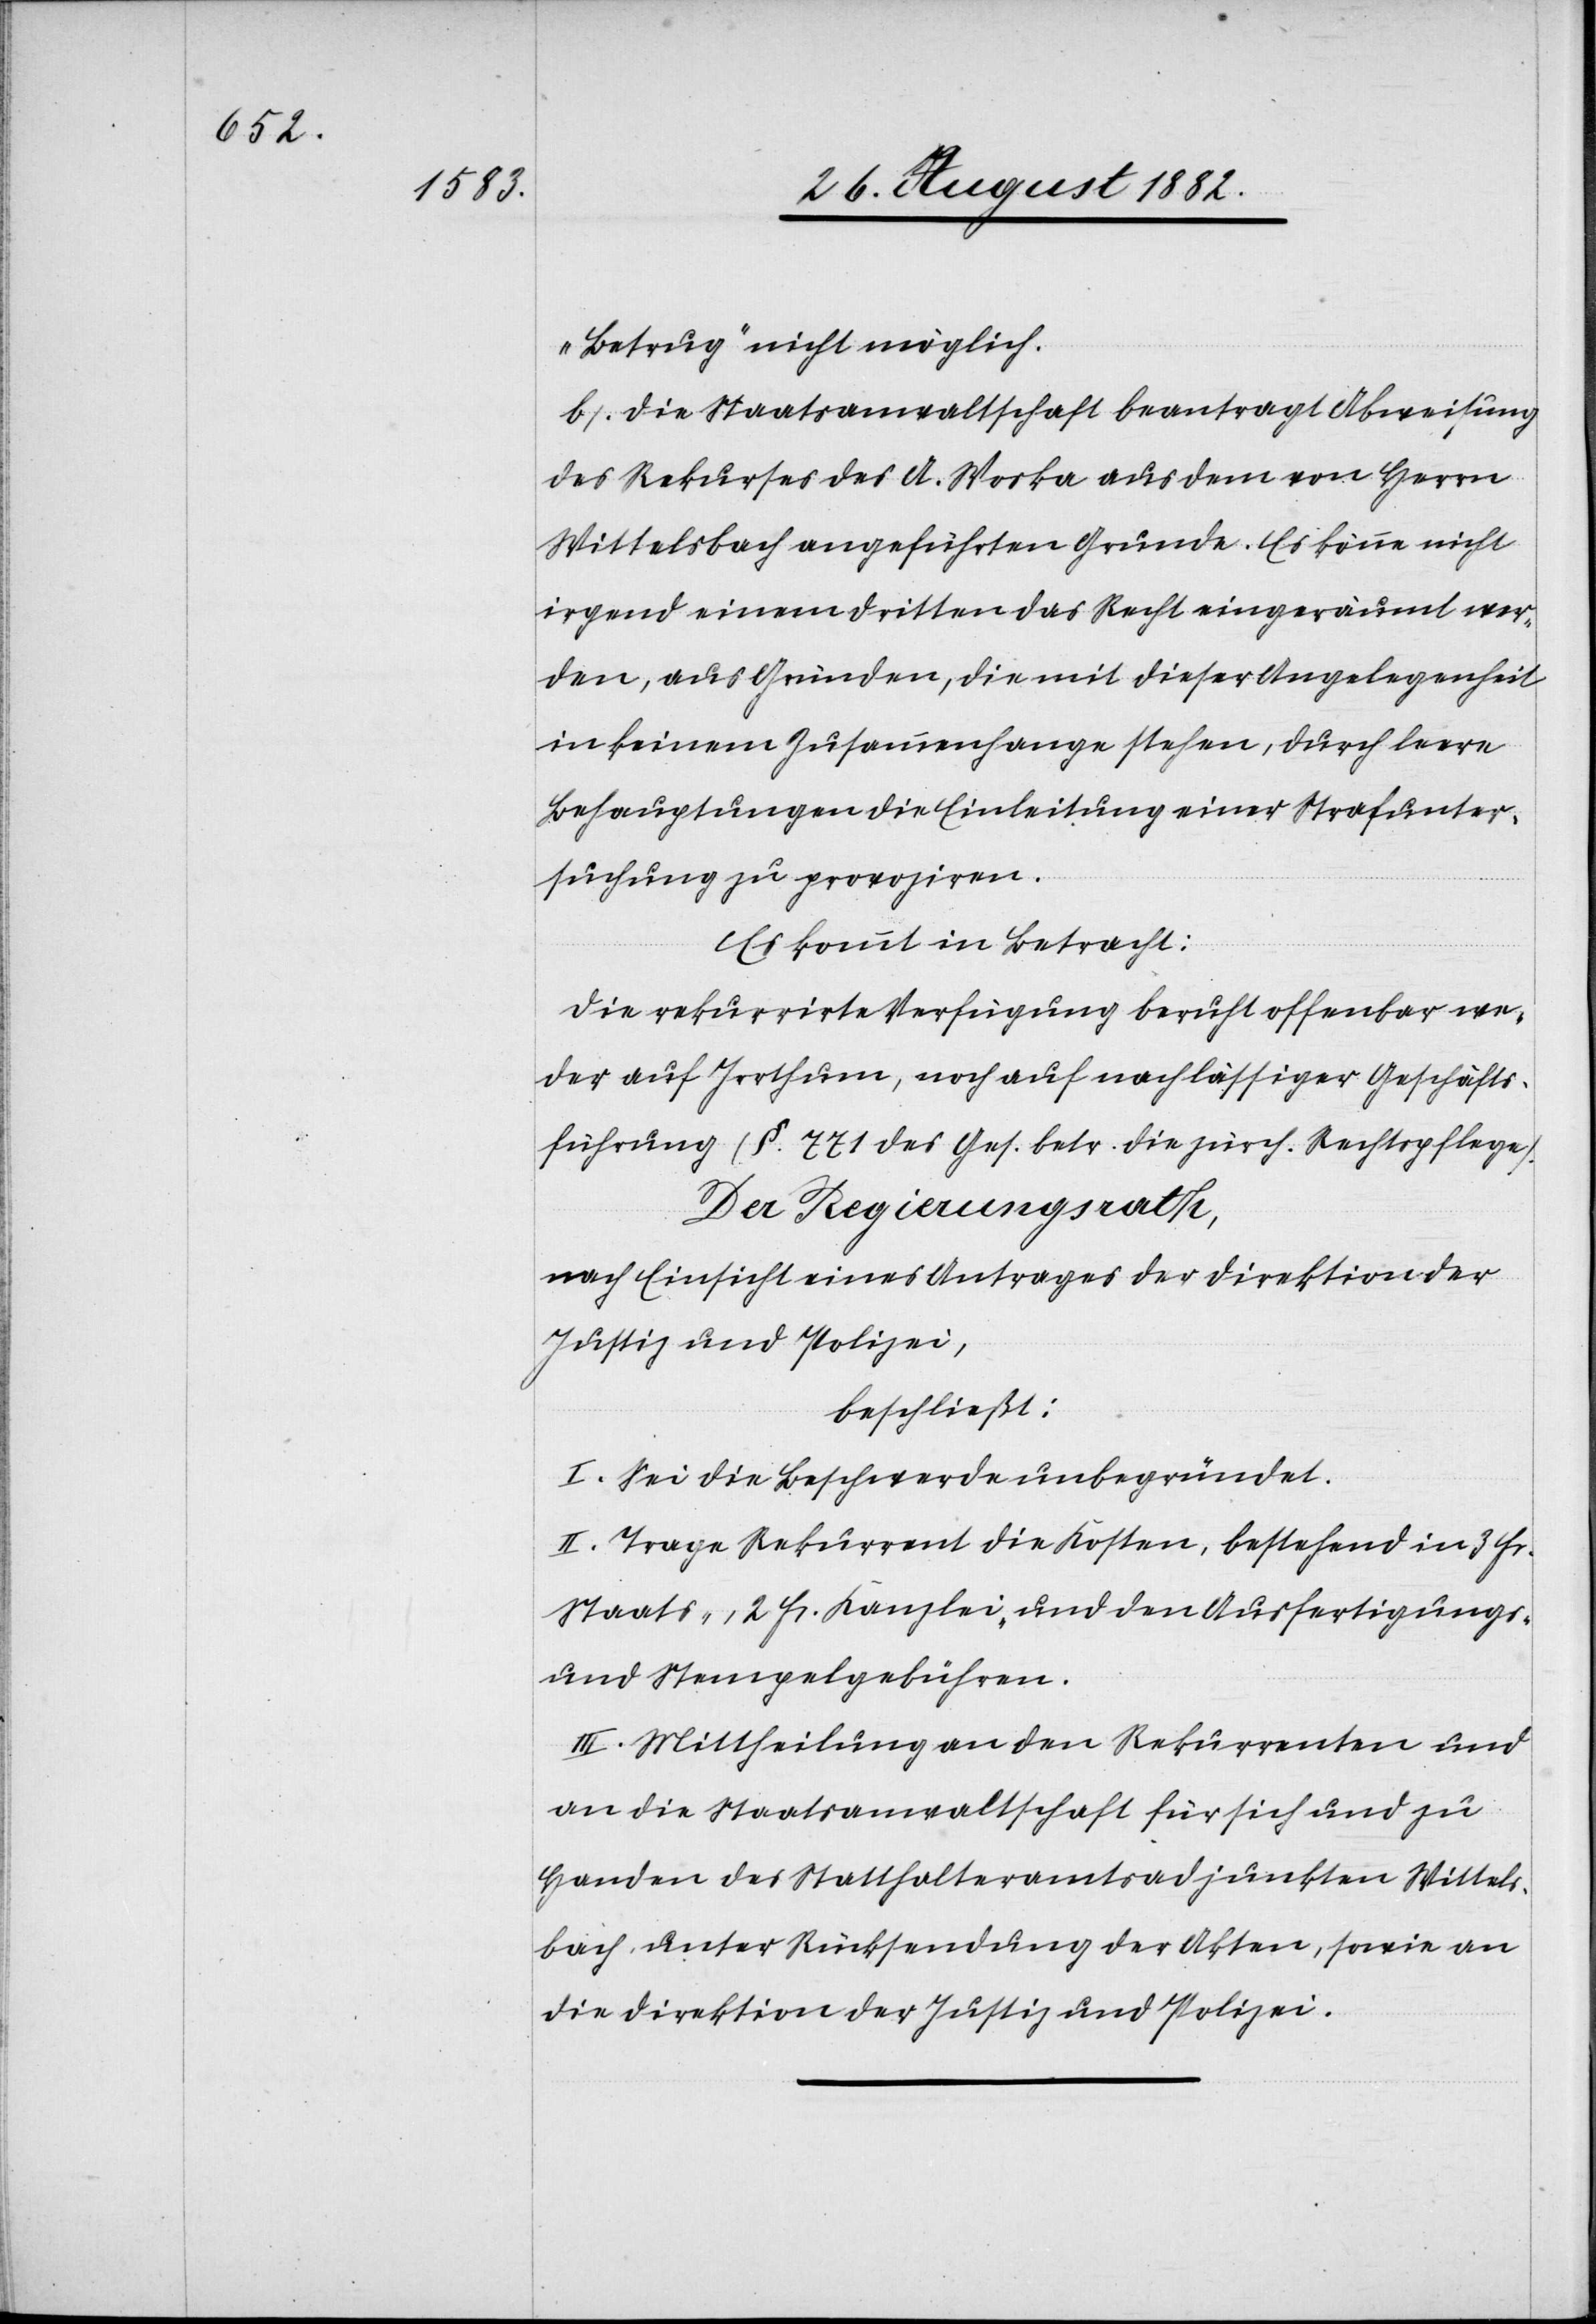
„Betrug“ nicht möglich.
b. Die Staatsanwaltschaft beantragt Abweisung
des Rekurses des A. Stoska aus dem von Herrn
Wittelsbach angeführten Grunde. Es könne nicht
irgend einem Dritten das Recht eingeräumt wer¬
den, aus Gründen, die mit dieser Angelegenheit
in keinem Zusammenhange stehen, durch leere
Behauptungen die Einleitung einer Strafunter¬
suchung zu provoziren.
Es kommt in Betracht:
Die rekurrirte Verfügung beruht offenbar we¬
der auf Irrthum, noch auf nachlässiger Geschäfts¬
führung (§. 771 des Ges. betr. die zürch. Rechtspflege).
Der Regierungsrath,
nach Einsicht eines Antrages der Direktion der
Justiz & Polizei,
beschließt:
I. Sei die Beschwerde unbegründet.
II. Trage Rekurrent die Kosten, bestehend in 3 Fr.
Staats-, 2 Fr. Kanzlei- und den Ausfertigungs-
und Stempelgebühren.
III. Mittheilung an den Rekurrenten und
an die Staatsanwaltschaft für sich und zu
Handen des Statthalteramtsadjunkten Wittels¬
bach, unter Rücksendung der Akten, sowie an
die Direktion der Justiz & Polizei.